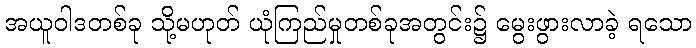
အယူဝါဒတစ်ခု သို့မဟုတ် ယုံကြည်မှုတစ်ခုအတွင်း၌ မွေးဖွားလာခဲ့ ရသော